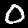
Digit: 0